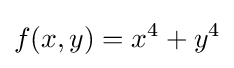
f(x,y)=x^{4}+y^{4}